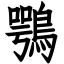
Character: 鶚